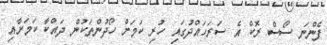
ފެންނަ ސޯސް ރޮކް އެ ސަރަހައްދުގައި ހުރި ކަމަށް ހޯދުންތަކުން ދައްކާ ކަމަށާއި